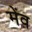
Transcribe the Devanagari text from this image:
मेंव